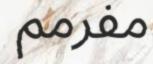
مفرمم